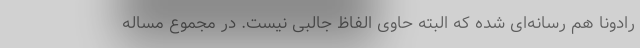
رادونا هم رسانه‌ای شده که البته حاوی الفاظ جالبی نیست. در مجموع مساله